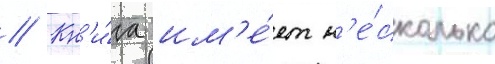
// Кн'и́га им'е́ет н'е́сколько